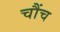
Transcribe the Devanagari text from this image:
चौंच